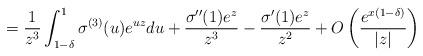
LaTeX: \begin{align*} = \frac 1{z^3} \int_{1-\delta}^1 \sigma^{(3)}(u) e^{uz} du + \frac{\sigma''(1) e^{z}}{z^3} - \frac{\sigma'(1) e^{z}}{z^2} +O\left( \frac{e^{x(1-\delta)}}{|z|} \right)\end{align*}